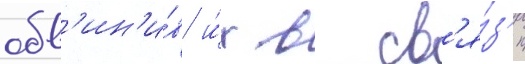
обв'ин'и́в и́х в св'я́з'и